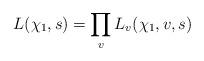
\begin{align*}L(\chi_1,s)=\prod_v L_v(\chi_1,v,s)\end{align*}